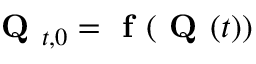
\textbf { Q } _ { t , 0 } = \textbf { f } ( \textbf { Q } ( t ) )